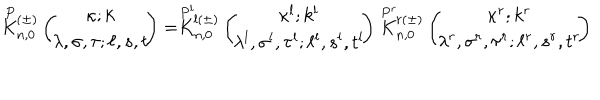
LaTeX: \stackrel { P } { K } { } \! \! _ { n , 0 } ^ { ( \pm ) } \left( \begin{array} { c } { { \! \! \kappa ; k \! \! } } \\ { { \! \! \lambda , \sigma , \tau ; \ell , s , t \! \! } } \\ \end{array} \right) = \stackrel { P ^ { l } } { K } { } \! \! _ { n , 0 } ^ { l ( \pm ) } \left( \begin{array} { c } { { \! \! \kappa ^ { l } ; k ^ { l } \! \! } } \\ { { \! \! \lambda ^ { l } , \sigma ^ { l } , \tau ^ { l } ; \ell ^ { l } , s ^ { l } , t ^ { l } \! \! } } \\ \end{array} \right) \stackrel { P ^ { r } } { K } { } \! \! _ { n , 0 } ^ { r ( \pm ) } \left( \begin{array} { c } { { \! \! \kappa ^ { r } ; k ^ { r } \! \! } } \\ { { \! \! \lambda ^ { r } , \sigma ^ { r } , \tau ^ { r } ; \ell ^ { r } , s ^ { r } , t ^ { r } \! \! } } \\ \end{array} \right)